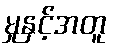
မှုနှင့်အတူ